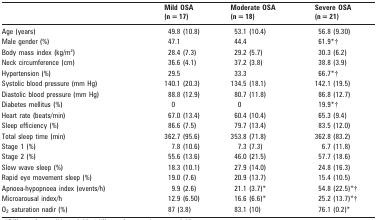
<table><thead><tr><td></td><td><b>Mild OSA (n = 17)</b></td><td><b>Moderate OSA (n = 18)</b></td><td><b>Severe OSA (n = 21)</b></td></tr></thead><tbody><tr><td>Age (years)</td><td>49.8 (10.8)</td><td>53.1 (10.4)</td><td>56.8 (9.30)</td></tr><tr><td>Male gender (%)</td><td>47.1</td><td>44.4</td><td>61.9*†</td></tr><tr><td>Body mass index (kg/m<sup>2</sup>)</td><td>28.4 (7.3)</td><td>29.2 (5.7)</td><td>30.3 (6.2)</td></tr><tr><td>Neck circumference (cm)</td><td>36.6 (4.1)</td><td>37.2 (3.8)</td><td>38.8 (3.9)</td></tr><tr><td>Hypertension (%)</td><td>29.5</td><td>33.3</td><td>66.7*†</td></tr><tr><td>Systolic blood pressure (mm Hg)</td><td>140.1 (20.3)</td><td>134.5 (18.1)</td><td>142.1 (19.5)</td></tr><tr><td>Diastolic blood pressure (mm Hg)</td><td>88.8 (12.9)</td><td>80.7 (11.8)</td><td>86.8 (12.7)</td></tr><tr><td>Diabetes mellitus (%)</td><td>0</td><td>0</td><td>19.9*†</td></tr><tr><td>Heart rate (beats/min)</td><td>67.0 (13.4)</td><td>60.4 (10.4)</td><td>65.3 (9.4)</td></tr><tr><td>Sleep efficiency (%)</td><td>86.6 (7.5)</td><td>79.7 (13.4)</td><td>83.5 (12.0)</td></tr><tr><td>Total sleep time (min)</td><td>362.7 (95.6)</td><td>353.8 (71.8)</td><td>362.8 (83.2)</td></tr><tr><td>Stage 1 (%)</td><td>7.8 (10.6)</td><td>7.3 (7.3)</td><td>6.7 (11.8)</td></tr><tr><td>Stage 2 (%)</td><td>55.6 (13.6)</td><td>46.0 (21.5)</td><td>57.7 (18.6)</td></tr><tr><td>Slow wave sleep (%)</td><td>18.3 (10.1)</td><td>27.9 (14.0)</td><td>24.8 (16.3)</td></tr><tr><td>Rapid eye movement sleep (%)</td><td>19.0 (7.6)</td><td>20.9 (13.7)</td><td>15.4 (10.5)</td></tr><tr><td>Apnoea-hypopnoea index (events/h)</td><td>9.9 (2.6)</td><td>21.1 (3.7)*</td><td>54.8 (22.5)*†</td></tr><tr><td>Microarousal index/h</td><td>12.9 (6.50)</td><td>16.6 (6.6)*</td><td>25.2 (13.7)*†</td></tr><tr><td>O<sub>2</sub> saturation nadir (%)</td><td>87 (3.8)</td><td>83.1 (10)</td><td>76.1 (0.2)*</td></tr></tbody></table>